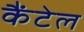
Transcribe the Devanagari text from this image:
कैंटेल